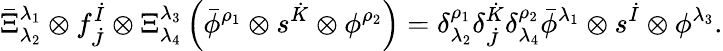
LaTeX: \bar{\Xi}_{\lambda_{2}}^{\lambda_{1}}\otimes f_{\dot{J}}^{\dot{I}}\otimes\Xi_{\lambda_{4}}^{\lambda_{3}}\left(\bar{\phi}^{\rho_{1}}\otimes s^{\dot{K}}\otimes\phi^{\rho_{2}}\right)=\delta_{\lambda_{2}}^{\rho_{1}}\delta_{\dot{J}}^{\dot{K}}\delta_{\lambda_{4}}^{\rho_{2}}\bar{\phi}^{\lambda_{1}}\otimes s^{\dot{I}}\otimes\phi^{\lambda_{3}}.